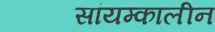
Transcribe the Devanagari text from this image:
सांयम्कालीन